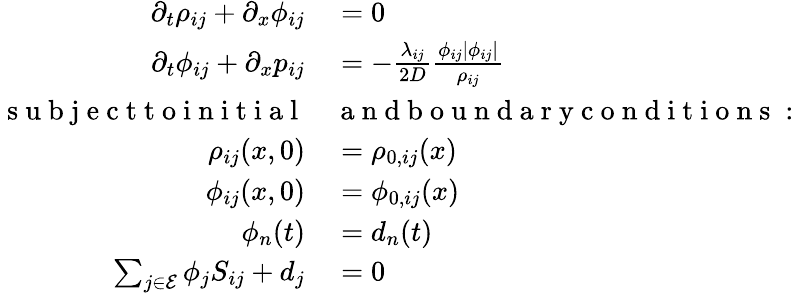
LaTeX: \begin{array}{rl}{\partial_{t}\rho_{ij}+\partial_{x}\phi_{ij}}&{{}=0}\\ {\partial_{t}\phi_{ij}+\partial_{x}p_{ij}}&{{}=-\frac{\lambda_{ij}}{2D}\frac{\phi_{ij}|\phi_{ij}|}{\rho_{ij}}}\\ {\mathrm{~s~u~b~j~e~c~t~t~o~i~n~i~t~i~a~l~}}&{{}\mathrm{~a~n~d~b~o~u~n~d~a~r~y~c~o~n~d~i~t~i~o~n~s~:~}}\\ {\rho_{ij}(x,0)}&{{}=\rho_{0,ij}(x)}\\ {\phi_{ij}(x,0)}&{{}=\phi_{0,ij}(x)}\\ {\phi_{n}(t)}&{{}=d_{n}(t)}\\ {\sum_{j\in\mathcal{E}}\phi_{j}S_{ij}+d_{j}}&{{}=0}\end{array}